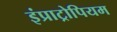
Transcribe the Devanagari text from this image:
इंप्राट्रोपियम